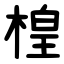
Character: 楻